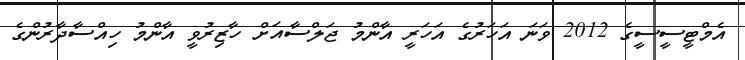
އެމްޓީސީސީގެ 2012 ވަނަ އަހަރުގެ އަހަރީ އާންމު ޖަލްސާއަށް ހާޒިރުވީ އާންމު ހިއްސާދާރުންގެ